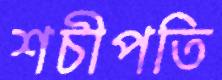
শচীপতি